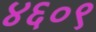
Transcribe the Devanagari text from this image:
४६०९